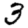
Digit: 3